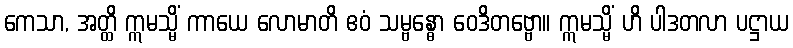
ကေသာ, အတ္ထိ ဣမသ္မိံ ကာယေ လောမာတိ ဧဝံ သမ္ဗန္ဓော ဝေဒိတဗ္ဗော။ ဣမသ္မိံ ဟိ ပါဒတလာ ပဋ္ဌာယ